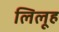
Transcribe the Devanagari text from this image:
लिलूह